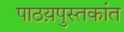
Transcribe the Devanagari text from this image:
पाठय़पुस्तकांत